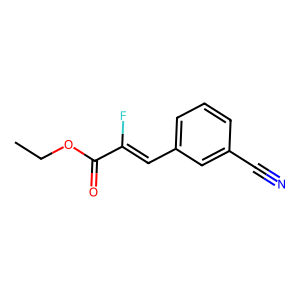
SMILES: CCOC(=O)C(F)=Cc1cccc(C#N)c1
Inhibits HIV replication: No